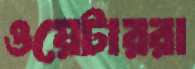
ওয়েটাররা